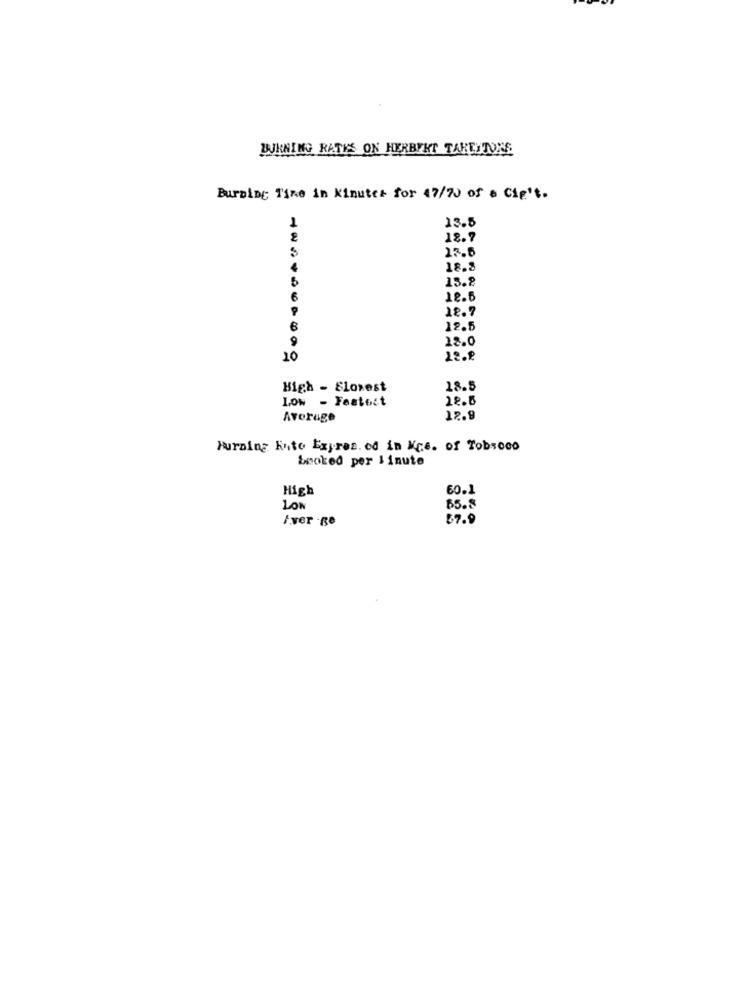
BURNING RATES ON HERBERT TARENTONE
Burning Time in Minutes for 47/70 of a Cie't.
1
13.5
18.7
23.6
4
18.8
13.8
6
18.6
12.7
12.5
9
18.0
10
22.8
High - Slowest
18.5
Low - Festett
Average
12.9
Furaing Foto Expres of in Mrs. of Tobrood
booked per linute
High
60.1
LON
65.8
A.ver -Re
57.9